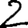
Digit: 2